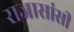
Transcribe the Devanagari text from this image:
राजासांसी